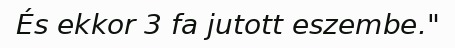
És ekkor 3 fa jutott eszembe."